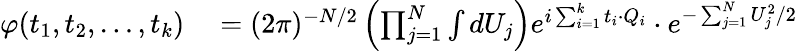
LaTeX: \begin{array}{rl}{\varphi(t_{1},t_{2},\ldots,t_{k})}&{{}=(2\pi)^{-N/2}\left(\prod_{j=1}^{N}\int dU_{j}\right)e^{i\sum_{i=1}^{k}t_{i}\cdot Q_{i}}\cdot e^{-\sum_{j=1}^{N}U_{j}^{2}/2}}\end{array}